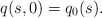
\begin{align*}q(s,0)=q_{0}(s).\end{align*}